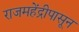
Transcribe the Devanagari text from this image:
राजमहेंद्रीपासून